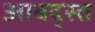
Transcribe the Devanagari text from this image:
आबद्स्त